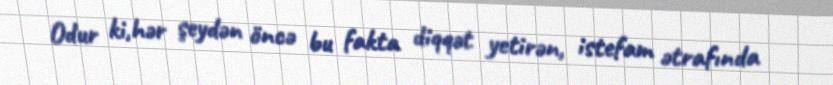
Odur ki,hər şeydən öncə bu fakta diqqət yetirən, istefam ətrafında